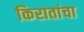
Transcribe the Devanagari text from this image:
किरातांचा